Vabadussoja_Ajaloo_Komitee, lk 38
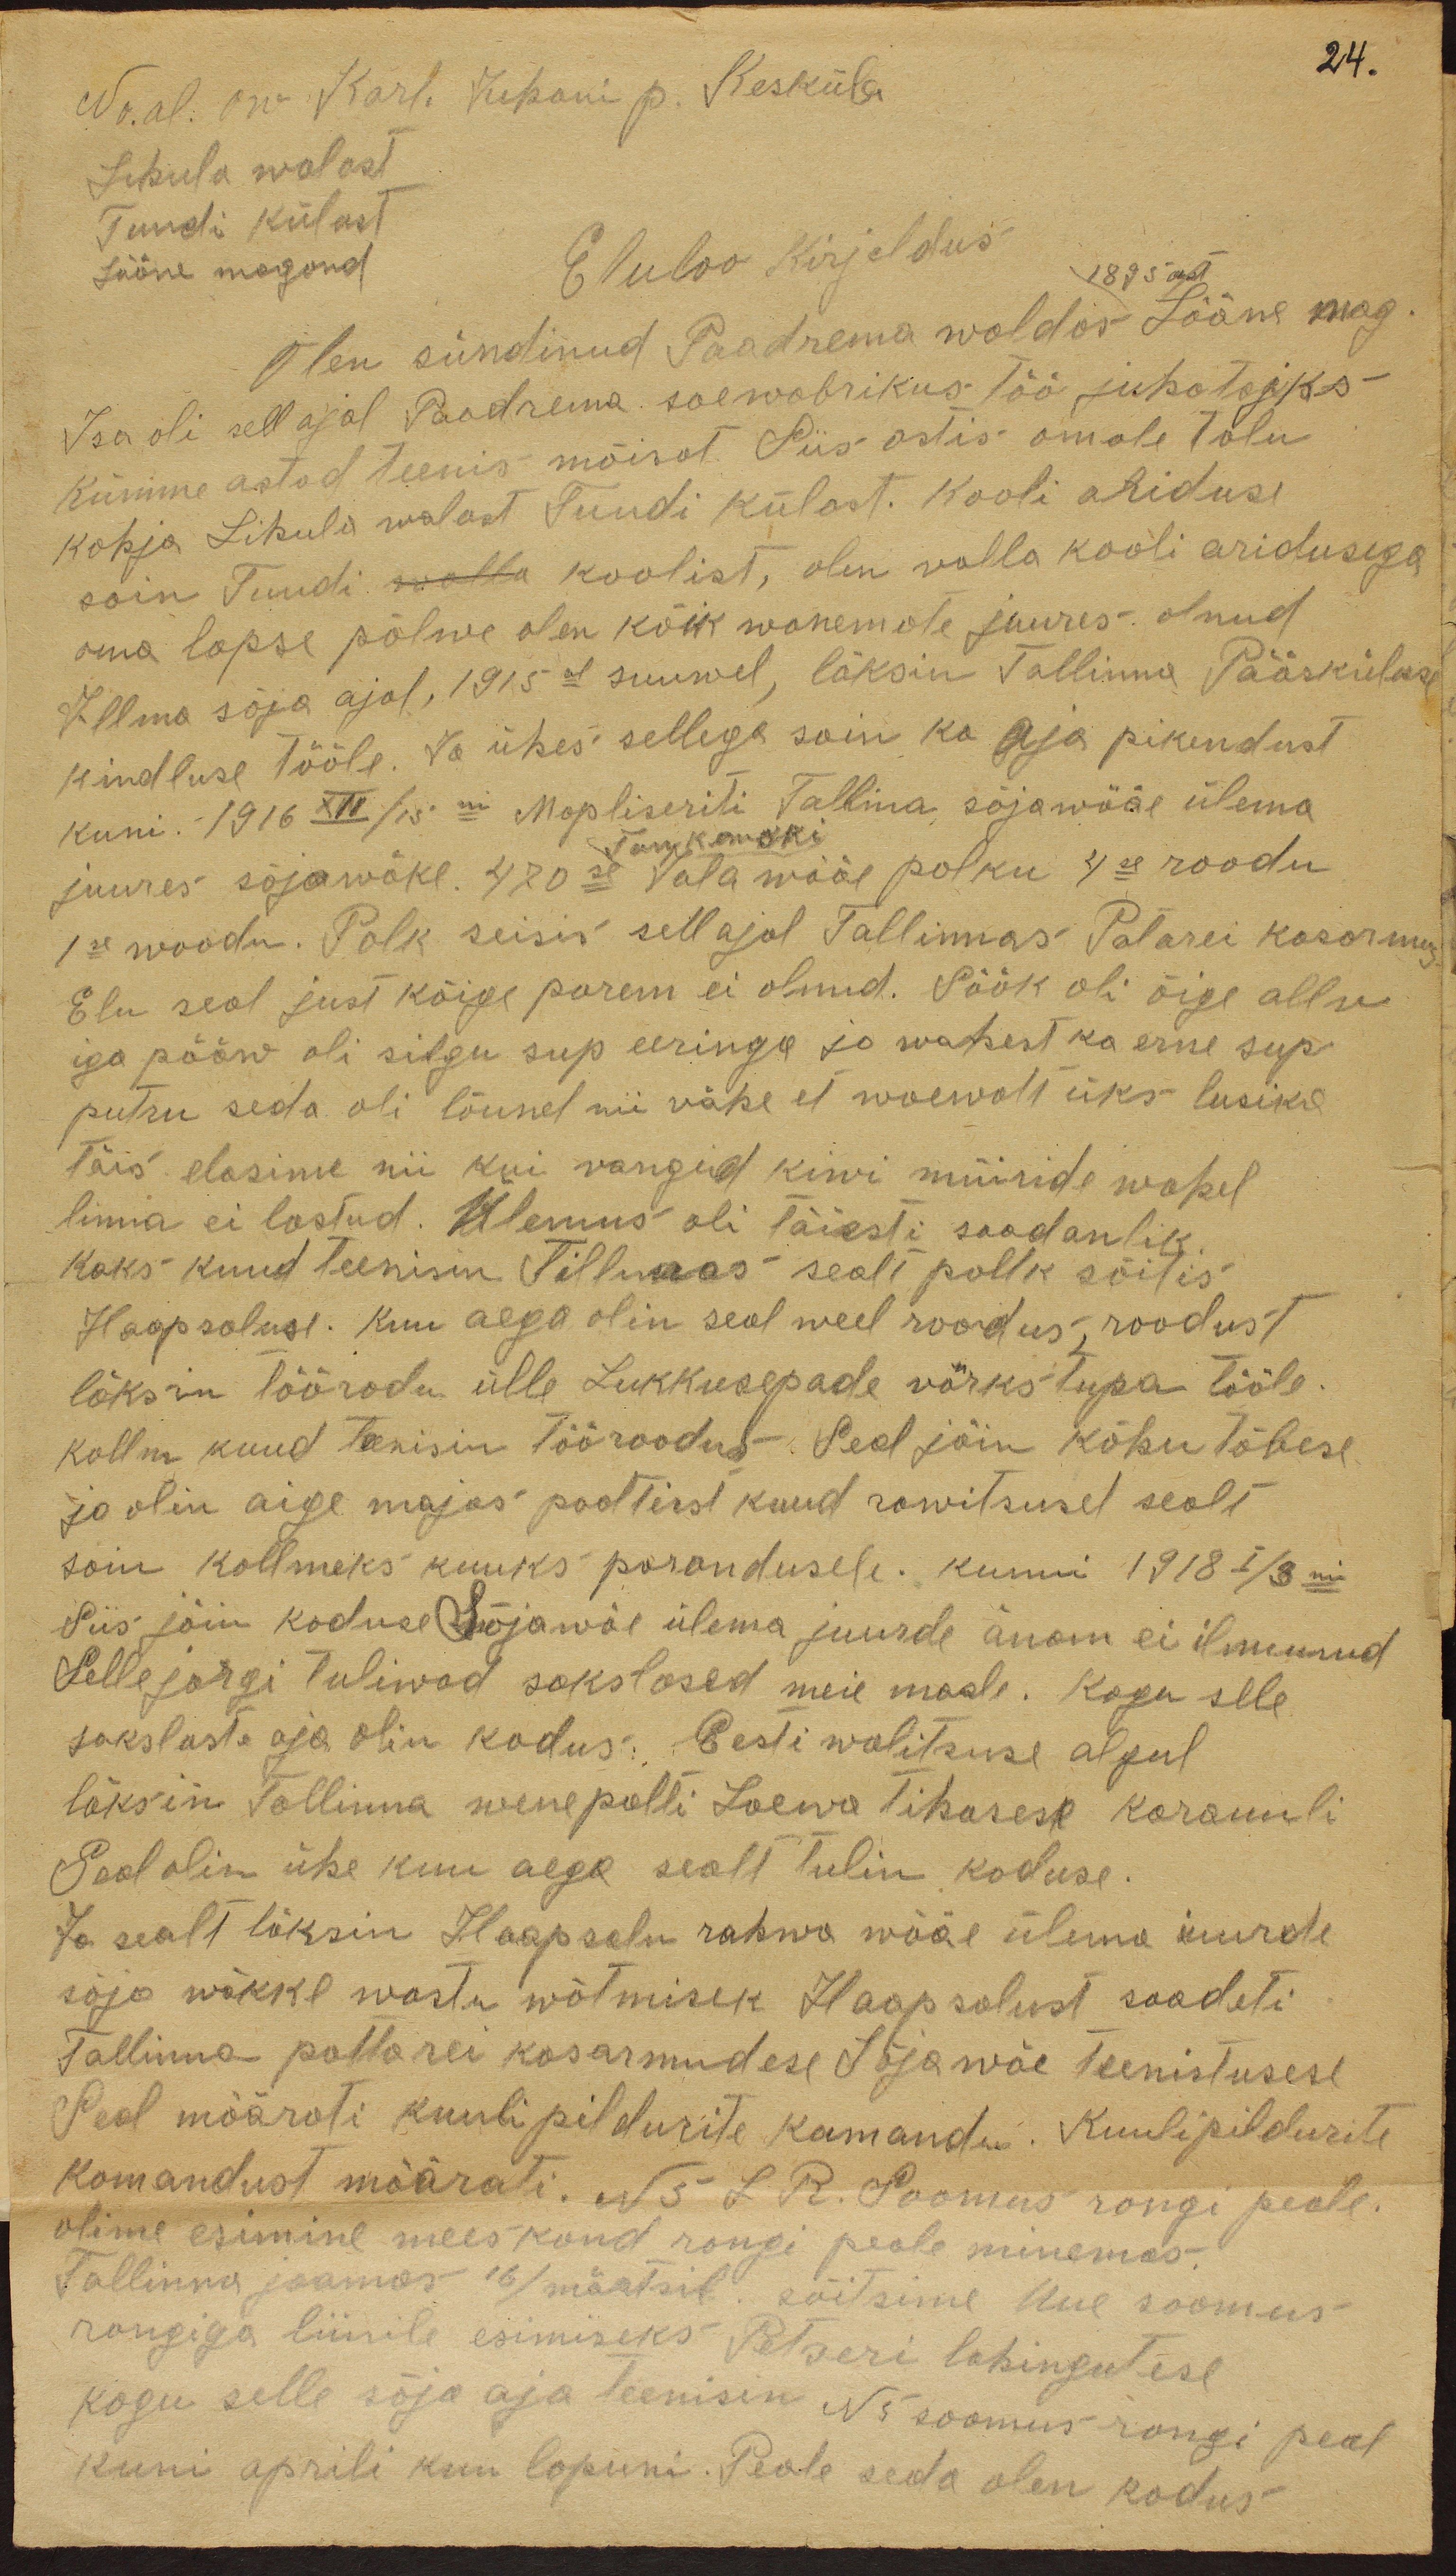
24.
No. al. ow Karl Juhani p Kesküla
Lihula walast
Tuudi külast
Eluloo kirjeldus
Lääne magond
1895 ast
Olen sündinud Paadrema waldas Lääne mag.
Isa oli sell ajal Padrema saewabrikus Töö juhatajaks
kümme astad teenis mõisat. Siis ostis omale talu
Kohja Lihula walast Tuudi külast. Kooli ariduse
sain Tuudi walla koolist, olen walla kooli aridusega
oma lapse põlwe olen kõik wanemate juures olnud
Illma sõja ajal, 1915 al suwel, läksin Tallinna Pääskula
kindluse tööle. Ja ühes sellega sain ka aja pikendust
kuni 1916 XII/13 ni Mopliseriti Tallina sõjawääe ülema
Tankowski
juures sõjawäke. 470se Jalawääe polku 4se roodu
1se woodu. Polk seisis sell ajal Tallinnas Patarei kasarmus
Elu seal just kõige parem ei olnud. Söök oli õige allu
iga pääw oli silgu sup eeringa ja wahest ka erne sup
putru seda oli lõunel nii vähe et waewalt üks lusika
Täis elasime nii kui wangid kiwi müüride wahel
linna ei lastud. Ülemus oli täiesti saadanlik.
Kaks kuud teenisin Tillnaas sealt polk sõitis
Haapsaluse. Kuu aega olin seal weel roodus, roodust
läksin tööroodu ülle Lukkusepade wärkstupa tööle
kollm kuud teenisin tööroodus. Seal jäin kõhutõbese
ja olin aige majas poolteist kuud rawitsusel sealt
sain kollmeks kuuks parandusele kunni 1918 I/3  ni
Siis jäin koduse. Sõjawäe ülema juurde änam ei ilmunud
Selle järgi tuliwad sakslased meie maale. Kogu selle
sakslaste aja olin kodus. Eesti walitsuse algul
läksin Tallinna wene palti Laewa Tihasese karanuli
Saal olin ühe kuu aega sealt tulin koduse.
Ja sealt läksin Haapsalu rahwa wääe ülemda iuurde
sõja wäkke wastu wõtmisek Haapsalust saadeti
Tallinna pattarei kasarmudese Sõjawäe Teenistusese
Seal määrati kuulipildurite komandi. Kuulipildurite
komandust määrati N 5 LR. Soomus rongi peale.
olime esimine meeskond rongi peale minemas.
Tallinna jaamas 16/märtsil sõitsime Uue soomus-
rongiga liinile esimiseks Petseri lahingutese
kogu selle sõja aja teenisin N 5 soomusrongi peal
kuni aprili kuu lopuni. Peale seda olen kodus